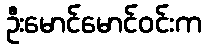
ဦးမောင်မောင်ဝင်းက